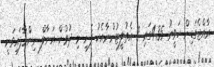
ރާއްޖެގަޑިން ހަވީރު 4.35ގައި 8 އެތުލީޓުންނާއެކު ފެށި މި ދުވުން އަނާލް ނިންމާފައިވަނީ